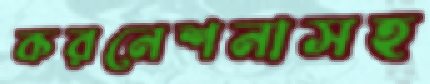
করনেশনাসহ